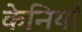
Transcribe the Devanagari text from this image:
केनियाँ